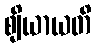
ဈိယာယတိ